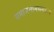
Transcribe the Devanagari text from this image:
समाजमानसशास्त्र